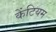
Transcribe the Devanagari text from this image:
केंटियम